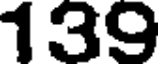
139